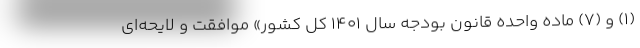
(۱) و (۷) ماده واحده قانون بودجه سال ۱۴۰۱ کل کشور» موافقت و لایحه‌ای